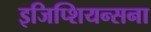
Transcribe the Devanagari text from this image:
इजिप्शियन्सना